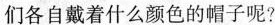
们各自戴着什么颜色的帽子呢?